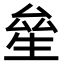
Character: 𤯢